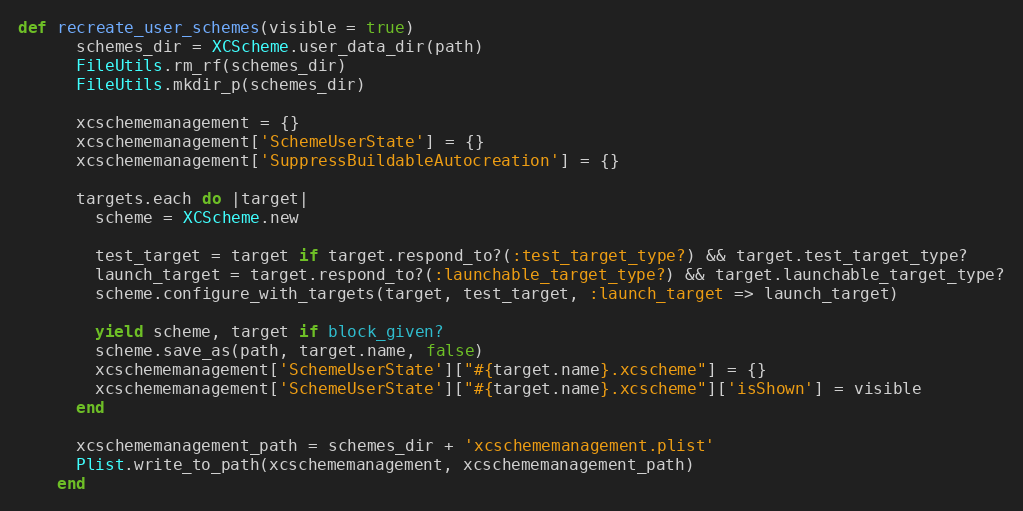
Language: Ruby
def recreate_user_schemes(visible = true)
      schemes_dir = XCScheme.user_data_dir(path)
      FileUtils.rm_rf(schemes_dir)
      FileUtils.mkdir_p(schemes_dir)

      xcschememanagement = {}
      xcschememanagement['SchemeUserState'] = {}
      xcschememanagement['SuppressBuildableAutocreation'] = {}

      targets.each do |target|
        scheme = XCScheme.new

        test_target = target if target.respond_to?(:test_target_type?) && target.test_target_type?
        launch_target = target.respond_to?(:launchable_target_type?) && target.launchable_target_type?
        scheme.configure_with_targets(target, test_target, :launch_target => launch_target)

        yield scheme, target if block_given?
        scheme.save_as(path, target.name, false)
        xcschememanagement['SchemeUserState']["#{target.name}.xcscheme"] = {}
        xcschememanagement['SchemeUserState']["#{target.name}.xcscheme"]['isShown'] = visible
      end

      xcschememanagement_path = schemes_dir + 'xcschememanagement.plist'
      Plist.write_to_path(xcschememanagement, xcschememanagement_path)
    end